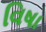
વિષા